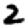
Digit: 2